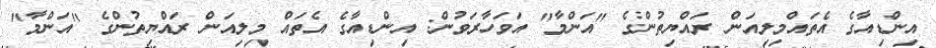
އިންޑިއާގެ އެތައްމިލިއަން ރައްޔިތުންގެ "އަންމާ" އަވަހާރަވުން: އިންޑިއާގެ އެތައް މިލިއަން ރައްޔިތުންގެ "އަންމާ"